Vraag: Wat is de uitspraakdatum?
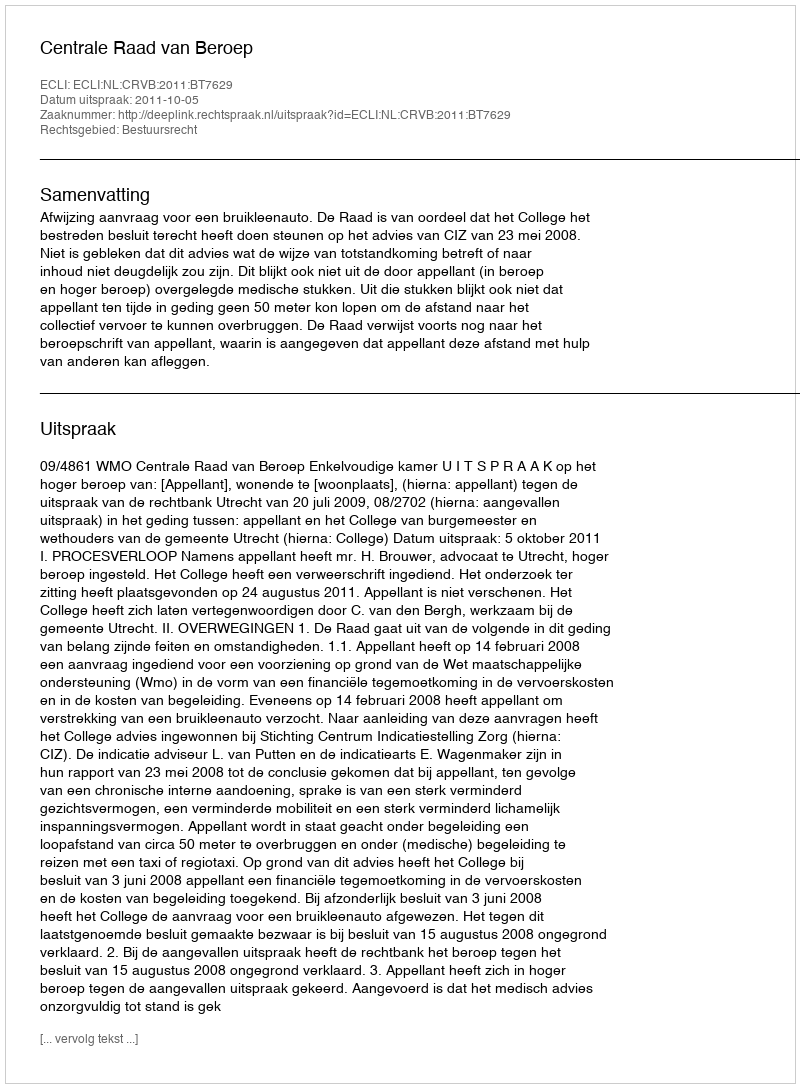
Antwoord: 2011-10-05